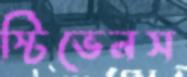
স্টিভেনস